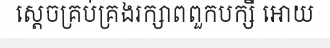
ស្តេចគ្រប់គ្រងរក្សាពពួកបក្សី អោយ